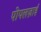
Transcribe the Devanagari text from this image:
पोपलज़ाई